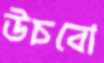
উচবো